system: You are a helpful assistant.
user:
Analyze the provided spectrum to determine if it is a **Carbon Star (C-type)**.

- **Key Visual Indicators of Carbon Star:**
    - **(Primary):** Strong molecular absorption from **C₂ (diatomic carbon) "Swan Bands."** This is the **defining feature** of a carbon star.
        - **(Key Bandheads):** Sharp absorption edges are visible at approximately $5635$ Å, $5165$ Å (the strongest band), and $4737$ Å.
        - **(Line Profile):** Creates a distinct **"saw-tooth"** pattern. The key morphology is a sharp, steep bandhead on the **red (long-wavelength) side**, which then gradually tapers off (i.e., flux recovers) towards the **blue (short-wavelength) side**. *(This is the direct opposite of the TiO bands seen in M-type stars)*.

    - **(Secondary):** Intense **CN (cyanogen)** molecular absorption bands.
        - **(Key Bandheads):** Located in the blue and violet regions of the spectrum (e.g., near $4215$ Å and $3883$ Å).
        - **(Morphology):** These bands are extremely broad and act as a "blanket," absorbing the vast majority of blue and violet light. This creates a characteristic **"cliff"** or **"steep drop-off"** in the spectrum's flux at short wavelengths.

    - **(Key Confirmation):** Strong **CH absorption band (G-band)**.
        - **(Key Bandhead):** Located around $4300$ Å. The contribution from CH molecules to this band is exceptionally strong.

    - **(Overall Spectrum):**
        - The continuum is severely "chopped up" by these deep molecular bands, especially C₂, rather than appearing as a smooth curve.
        - Due to the heavy CN and C₂ absorption in the blue-green, the vast majority of the star's flux is concentrated in the red part of the spectrum, giving the star its characteristic deep red color.

Think first, call **spectral_visualization_tool** if needed to examine features in detail, then provide your final answer. Your response must adhere to the following strict rules:
1.  **Overall Structure:** Your response must follow the format `<think>...</think> <tool_call>...</tool_call> (if a tool is used) <answer>...</answer>`.
2.  **Tool Usage Constraint:** You may only make **one** tool call per turn.
3.  **Final Answer Format:** In the `<answer>` tag, your conclusion must be inside a `\boxed{}` command (e.g., `\boxed{YES}`), followed by your justification.

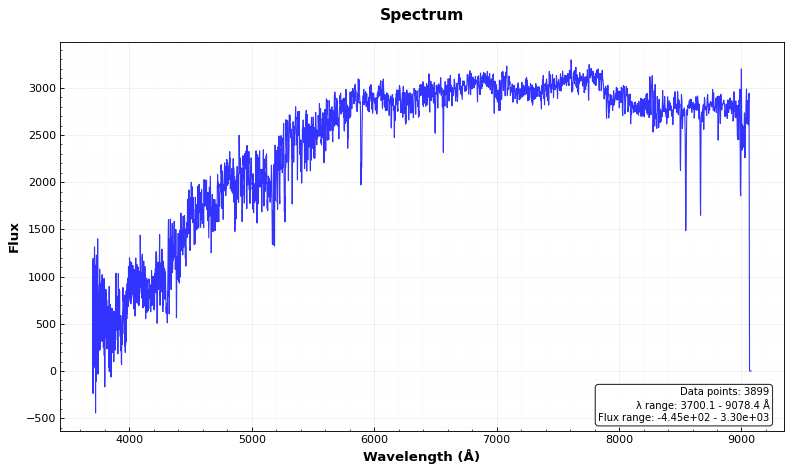
Answer: NO